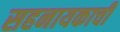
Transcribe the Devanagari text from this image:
सहनायकाची